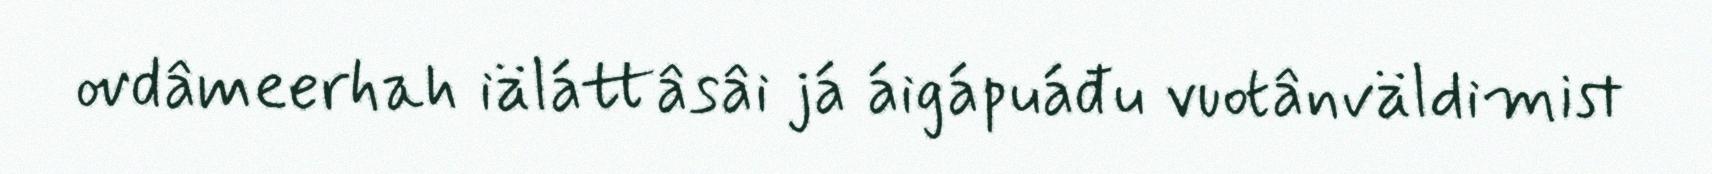
ovdâmeerhah iäláttâsâi já áigápuáđu vuotânväldimist